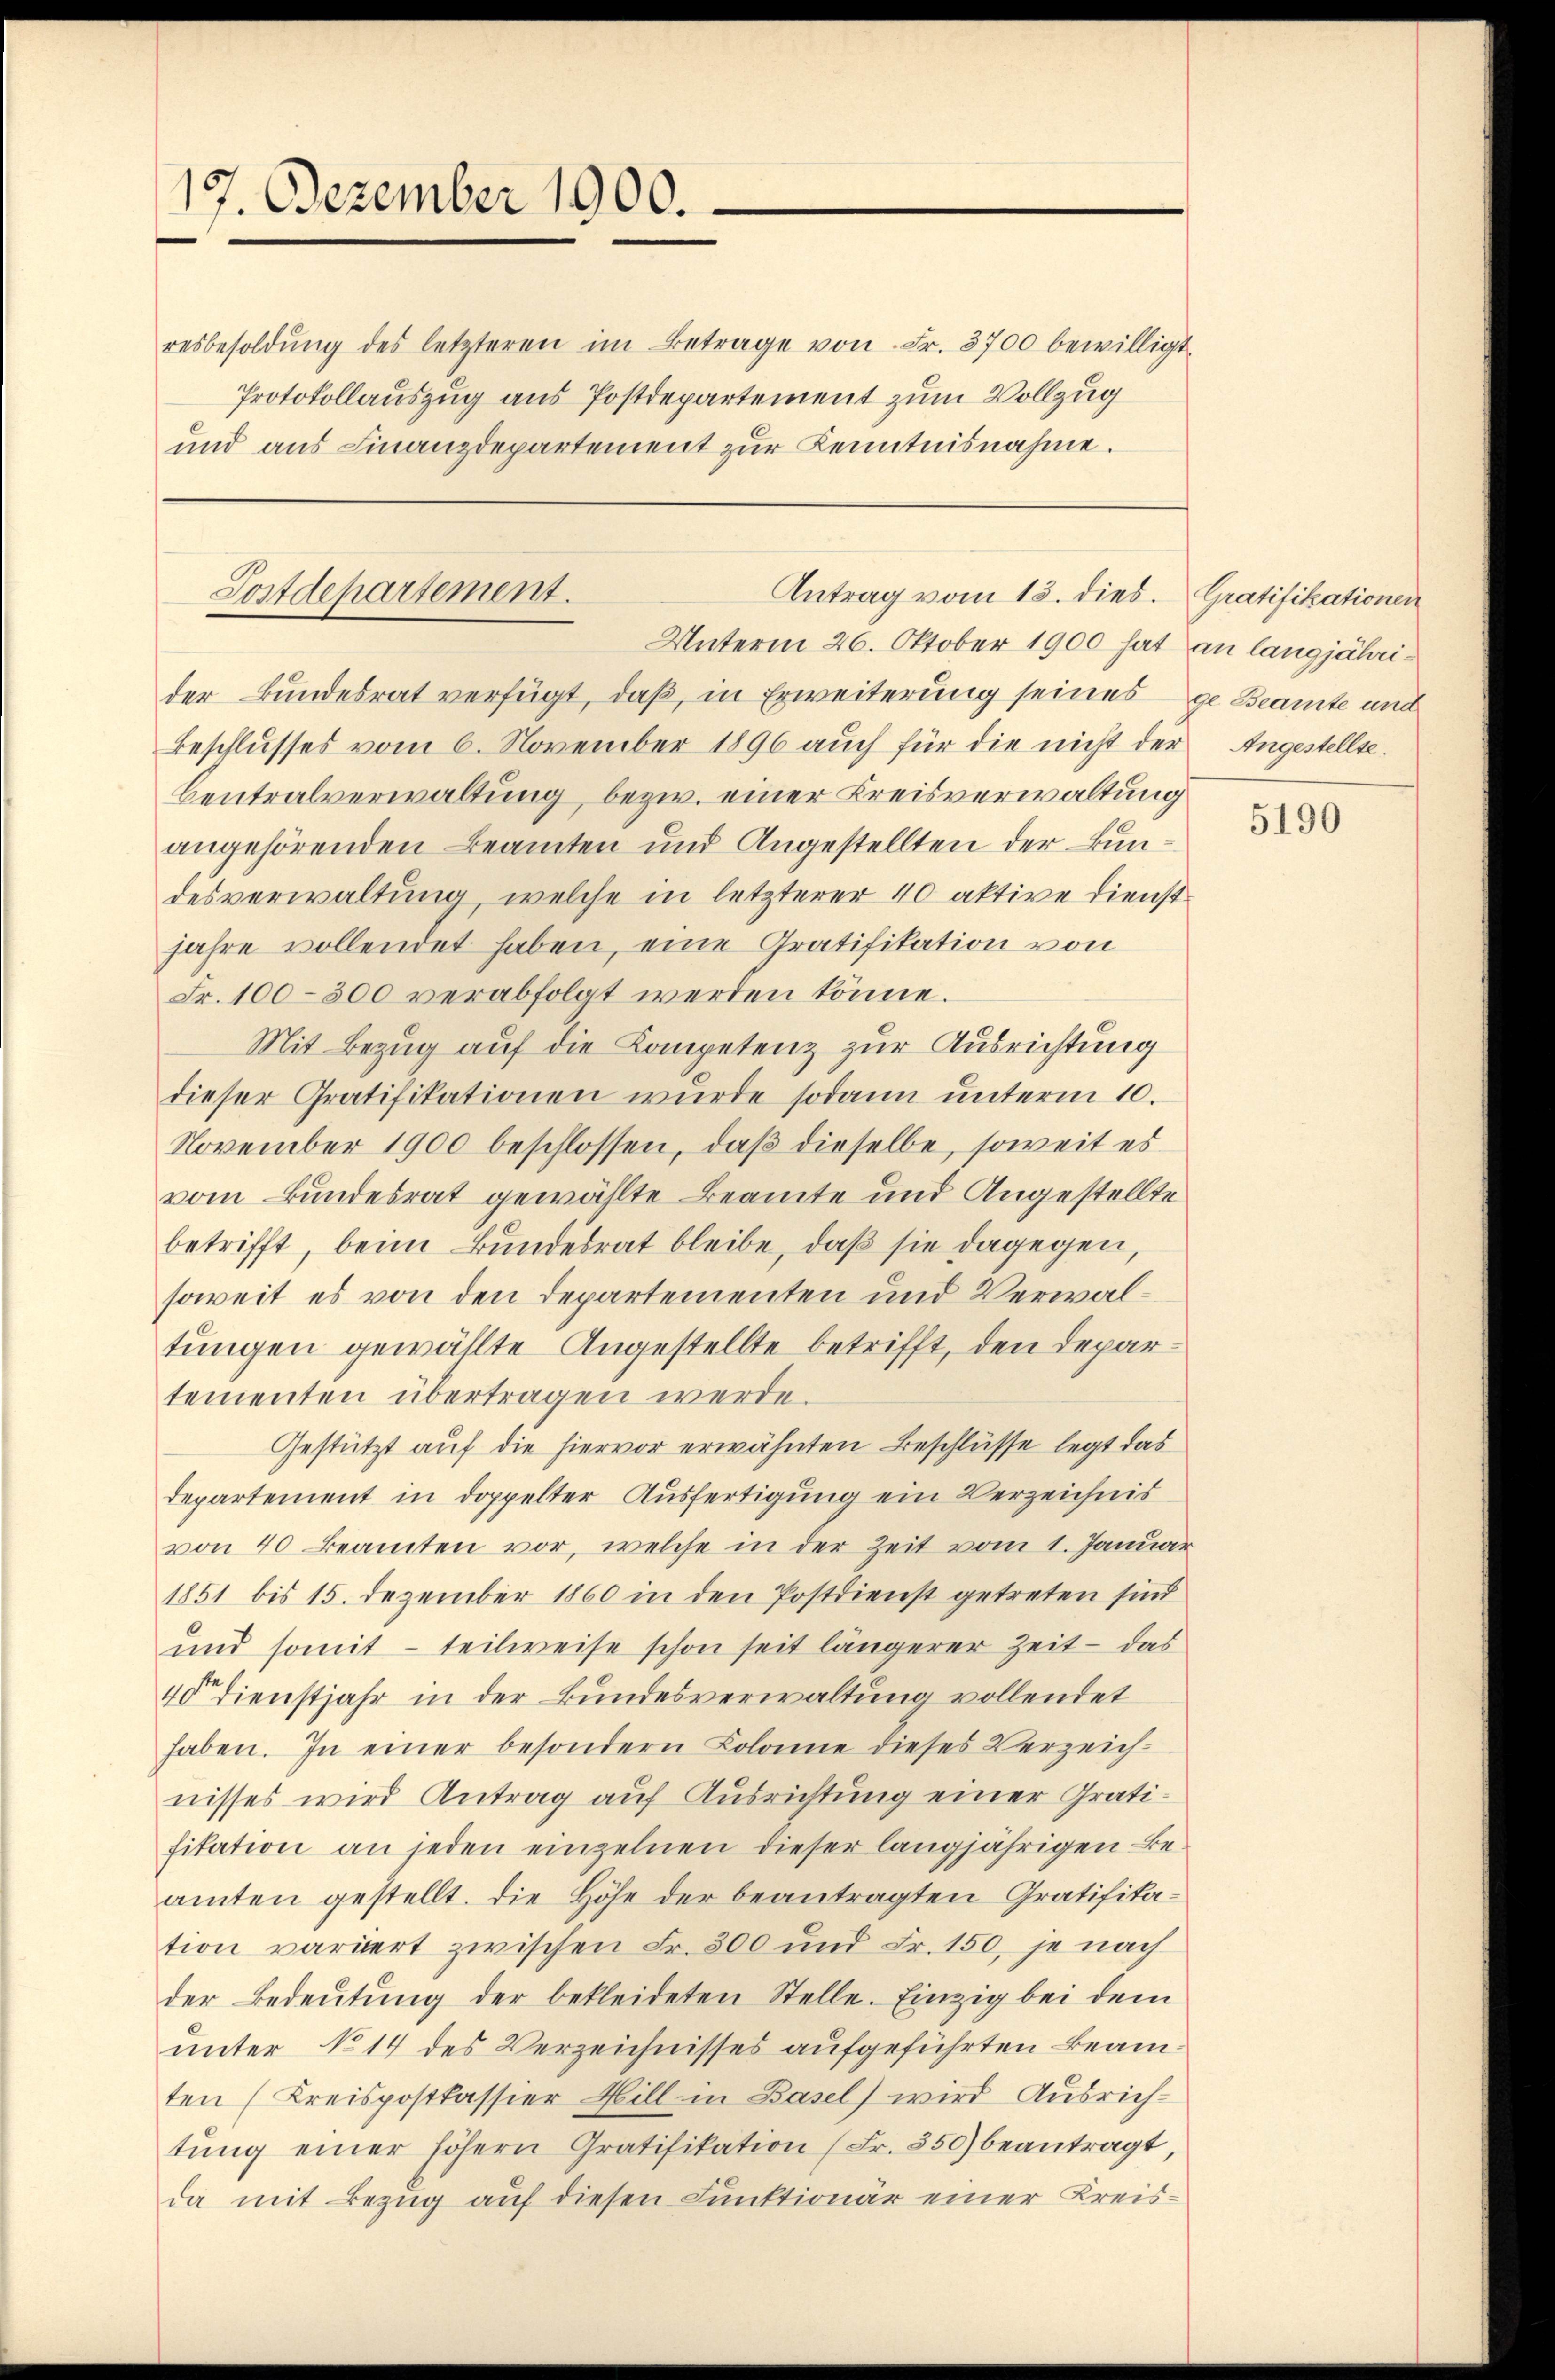
17. Dezember 1900.

resbesoldŭng des letzteren im Betrage von Fr. 3700 bewilligt.
Protokollauszug aus Postdepartement zum Vollzug
und aus Finanzdepartement zur Kenntnisnahme.

Postdepartement.
Antrag vom 13. dies.

Unterm 26. Oktober 1900 hat an langjährider Bundesrat verfügt, daß, in Erweiterung seines ge Beamte und
Beschlusses vom 6. November 1896 aŭch für die nicht der Angestellte.
Centralverwaltung bezw. einer Kreisverwaltung
angehörenden Beamten und Angestellten der Bundesverwaltung, welche in letzterer 40 aktive Dienstjahre vollendet haben, eine Gratifikation von
Fr. 100–300 verabfolgt werden könne.
Mit Bezug auf die Kompetenz zur Ausrichtung
dieser Gratifikationen wurde sodann unterm 10.
November 1900 beschlossen, daß dieselbe, soweit es
vom Bundesrat gewählte Beamte und Angestellte
betrifft, beim Bundesrat bleibe, daß sie dagegen,
soweit es von den Departementen und Verwaltungen gewählte Angestellte betrifft, den Departementen übertragen werde.
Gestützt auf die hiervor erwähnten Beschlüsse legt das
departement in doppelter Ausfertigung ein Verzeichnis
von 40 Beamten vor, welche in der Zeit vom 1. Januar
1851 bis 15. Dezember 1860 in den Postdienst getreten sind
und somit – teilweise schon seit längerer Zeit – das
40 Dienstjahr in der Bundesverwaltung vollendet
haben. In einer besondern Kolonne dieses Verzeich-
nisses wird Antrag auf Ausrichtung einer Gratifitation an jeden einzelnen dieser langjährigen Be-
amten gestellt. Die Höhe der beantragten Gratifikation varuert zwischen Fr. 300 und Fr. 150, je nach
der Bedeutung der bekleideten Stelle. Einzig bei dem
unter No 14 des Verzeichnisses aufgeführten Beamten (Kreispostkassier Mill in Basel) wird Ausrichtŭng einer höhern Gratifikation (Fr. 350) beantragt,
da mit Bezug auf diesen Funktionär einer Kreis¬

Gratifikationen

5190